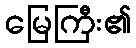
မြေကြီး၏